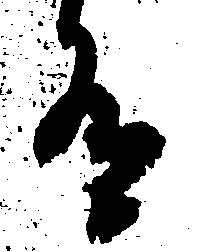
有